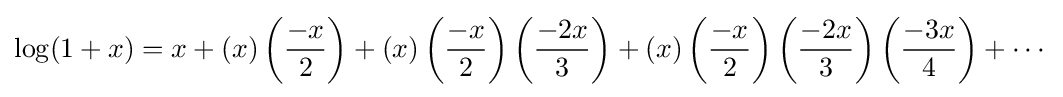
\log(1+x)=x+(x)\left({\frac {-x}{2}}\right)+(x)\left({\frac {-x}{2}}\right)\left({\frac {-2x}{3}}\right)+(x)\left({\frac {-x}{2}}\right)\left({\frac {-2x}{3}}\right)\left({\frac {-3x}{4}}\right)+\cdots